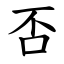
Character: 否